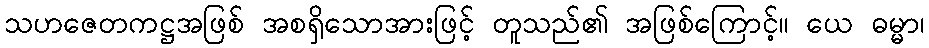
သဟဇေတကဋ္ဌအဖြစ် အစရှိသောအားဖြင့် တူသည်၏ အဖြစ်ကြောင့်။ ယေ ဓမ္မာ၊